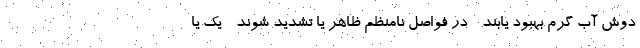
دوش آب گرم بهبود یابند - در فواصل نامنظم ظاهر یا تشدید شوند - یک یا